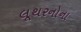
લૂથરનોના